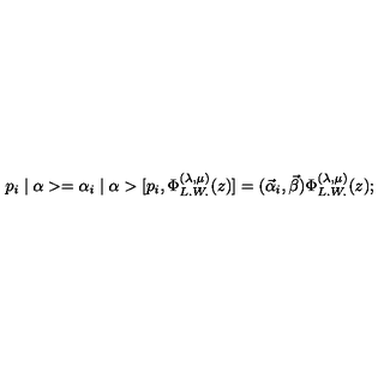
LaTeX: p _ { i } \mid \alpha > = \alpha _ { i } \mid \alpha > [ p _ { i } , \Phi _ { L . W . } ^ { ( \lambda , \mu ) } ( z ) ] = ( \vec { \alpha } _ { i } , \vec { \beta } ) \Phi _ { L . W . } ^ { ( \lambda , \mu ) } ( z ) ;